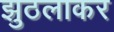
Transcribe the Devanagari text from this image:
झुठलाकर